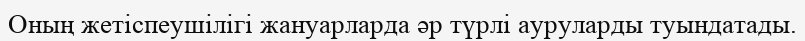
Оның жетіспеушілігі жануарларда әр түрлі ауруларды туындатады.